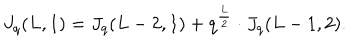
J _ { q } ( L , 1 ) = J _ { q } ( L - 2 , 1 ) + q ^ { \frac { L } { 2 } } \cdot J _ { q } ( L - 1 , 2 ) .